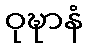
ဝုဍ္ဎာနံ